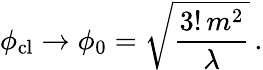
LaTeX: \phi_{\mathrm{cl}}\to\phi_{0}=\sqrt{{\frac{3!\, m^{2}}{\lambda}}}\, .